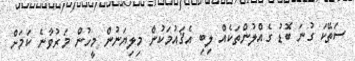
ސަތޭކަ ގުނަ ބޮޑު ގެއްލުންތަކެއް ލިބި އެޤައުމަކުން މިލިޔަނުން މީހުން މަރުވާނެ ކަމަށް